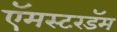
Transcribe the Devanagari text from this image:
ऍमस्टरडॅम